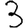
Digit: 3